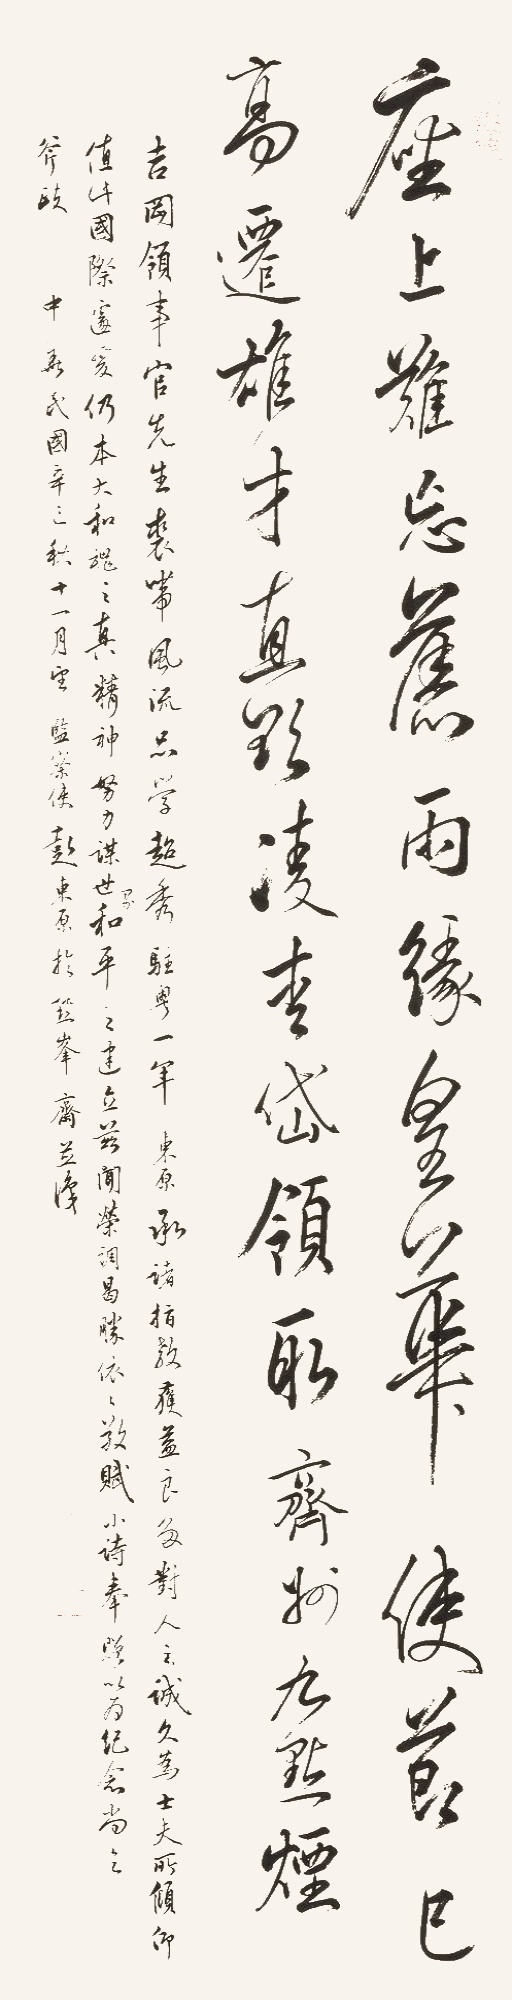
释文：座上难忘旧雨缘，皇华使节已高迁。雄才直欲凌爱岱，领取齐州九点烟。吉冈领事官先生裘带风流，品学超秀。驻粤一年，东原承诸指教，获益良多。对人之诚久，为士夫所倾仰，值此国际遽变，仍本大和魂之真精神。努力谋世界和平之建立。玆闻荣调曷胜，依依教赋小诗奉赠以为纪念，尚乞斧正。中华民国辛巳秋十一月望，监察使彭东原于点峰斋并识。